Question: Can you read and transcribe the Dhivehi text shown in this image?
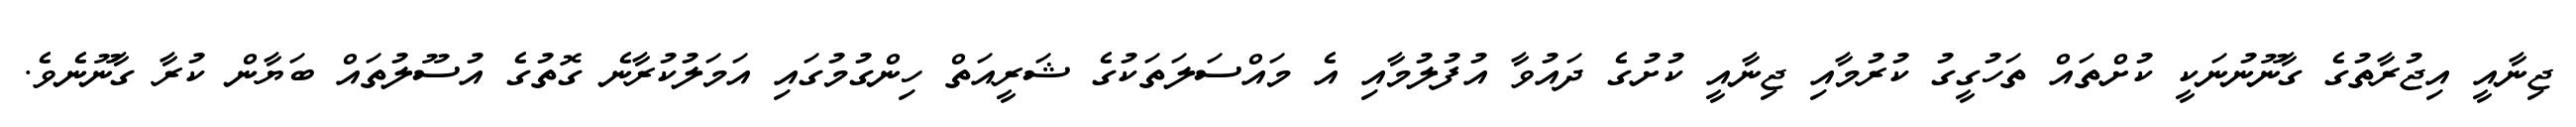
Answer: ޖިނާއީ އިޖުރާތުގެ ގާނޫނުނަކީ ކުށްތައް ތަހުގީގު ކުރުމާއި ޖިނާއީ ކުށުގެ ދައުވާ އުފުލުމާއި އެ މައްސަލަތަކުގެ ޝަރީއަތް ހިންގުމުގައި އަމަލުކުރާނެ ގޮތުގެ އުސޫލުތައް ބަޔާން ކުރާ ގާނޫނެވެ.